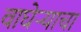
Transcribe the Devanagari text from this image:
वाघेऱ्याचा